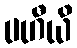
ပဟီယိ